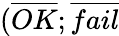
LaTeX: (\overline{{OK}};\overline{{fail}}